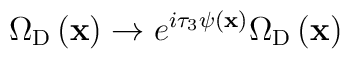
\Omega_{{\rm D}}\left({\bf x}\right) \rightarrow  e^{i\tau_{3}\psi\left({\bf x}\right) }\Omega_{{\rm D}}\left({\bf x}\right)